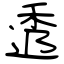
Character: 透